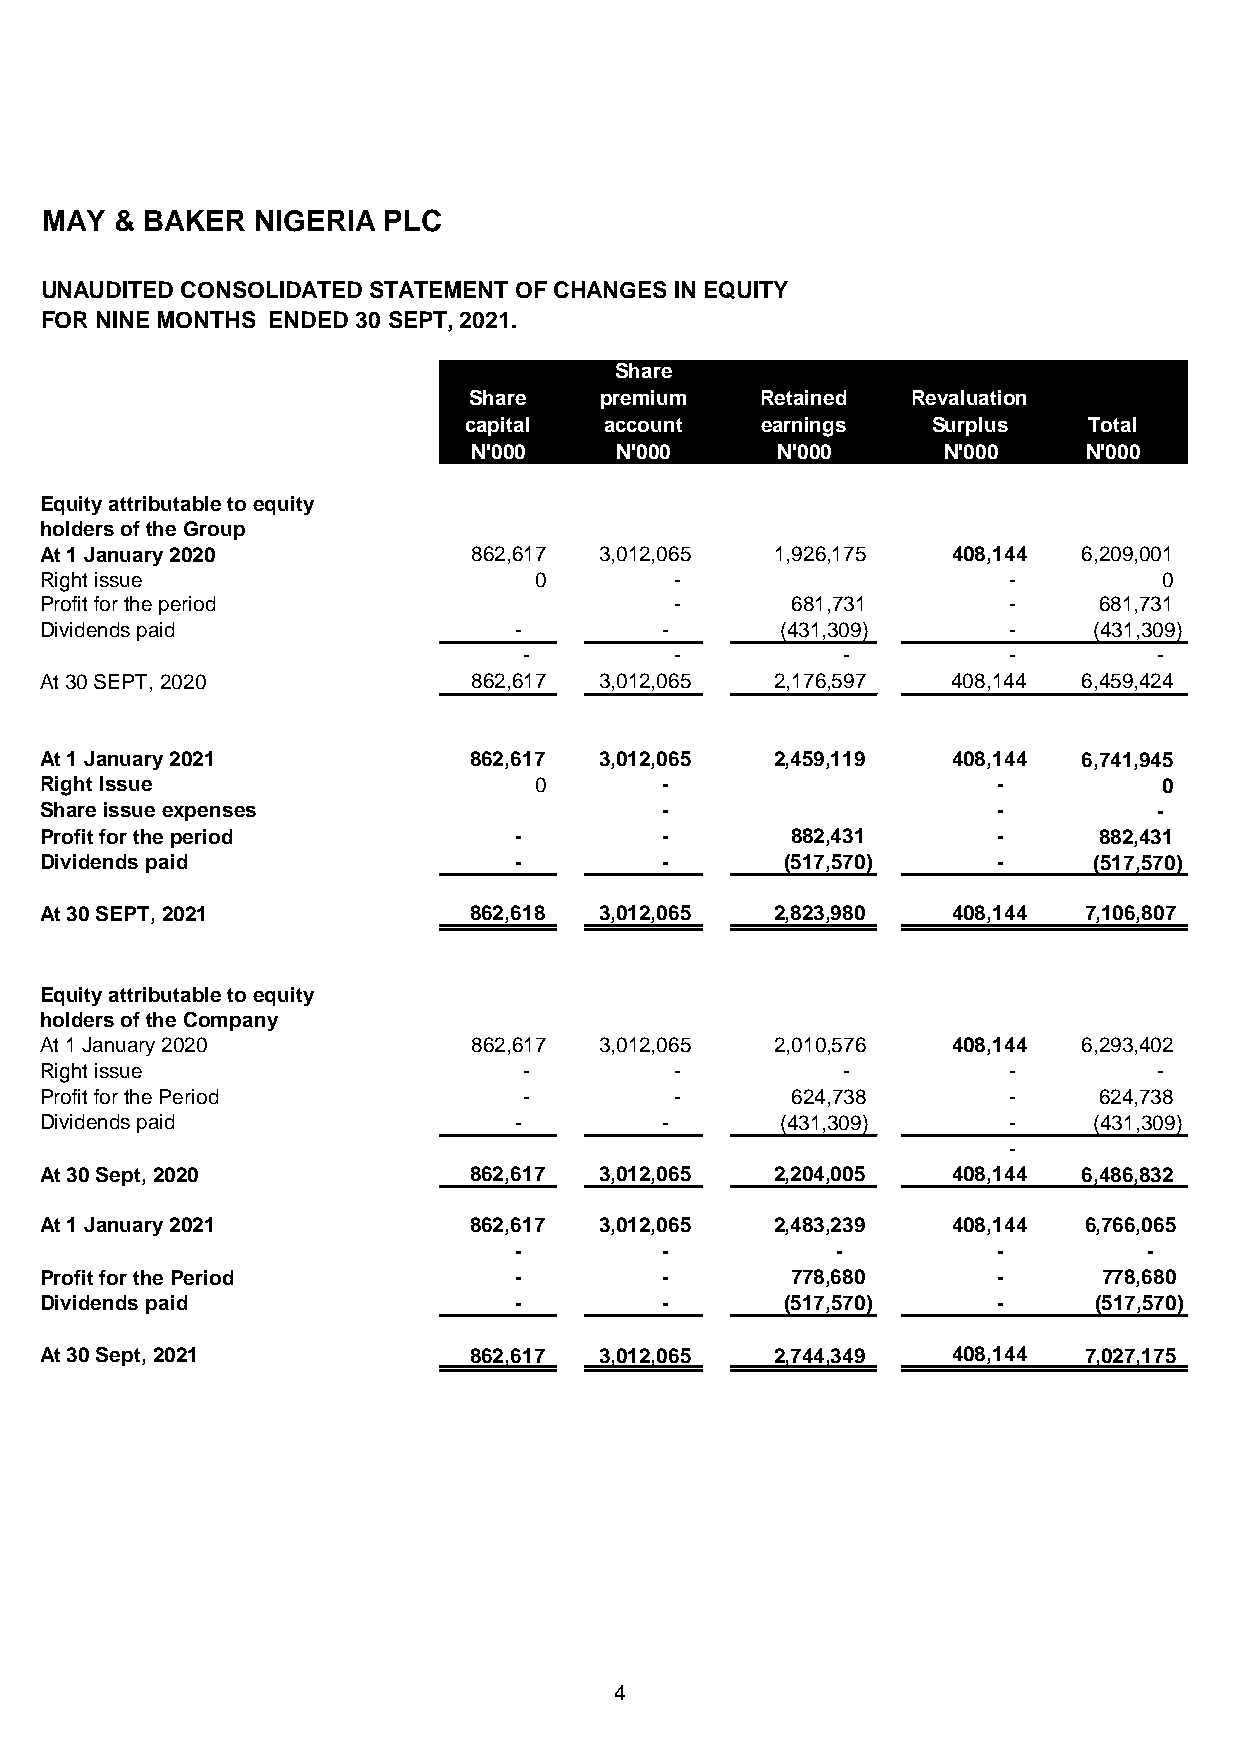
MAY  & BAKER  NIGERIA PLC
 UNAUDITED CONSOLIDATED STATEMENT OF CHANGES IN EQUITY
 FOR NINE MONTHS ENDED 30 SEPT, 2021.
 Share
 Share    premium   Retained  Revaluation
 capital  account   earnings    Surplus   Total
 N'000     N'000     N'000      N'000     N'000
 Equity attributable to equity
 holders of the Group
 At 1 January 2020           862,617  3,012,065  1,926,175   408,144  6,209,001
 Right issue                     0         -                     -         0
 Profit for the period                     -      681,731        -     681,731
 Dividends paid                 -         -       (431,309)      -    (431,309)
 -         -          -          -         -
 At 30 SEPT, 2020            862,617  3,012,065  2,176,597   408,144  6,459,424
 At 1 January 2021           862,617  3,012,065  2,459,119   408,144  6,741,945
 Right Issue                     0        -                     -          0
 Share issue expenses                     -                     -          -
 Profit for the period          -         -       882,431       -      882,431
 Dividends paid                 -         -       (517,570)     -     (517,570)
 At 30 SEPT, 2021            862,618  3,012,065  2,823,980   408,144  7,106,807
 Equity attributable to equity
 holders of the Company
 At 1 January 2020           862,617  3,012,065  2,010,576   408,144  6,293,402
 Right issue                     -         -          -          -         -
 Profit for the Period           -         -      624,738        -     624,738
 Dividends paid                 -         -       (431,309)      -    (431,309)
 -
 At 30 Sept, 2020            862,617  3,012,065  2,204,005   408,144  6,486,832
 At 1 January 2021           862,617  3,012,065  2,483,239   408,144  6,766,065
 -         -          -          -         -
 Profit for the Period          -         -       778,680       -      778,680
 Dividends paid                 -         -       (517,570)     -     ( 517,570)
 At 30 Sept, 2021            862,617  3,012,065  2,744,349   408,144  7,027,175
 4